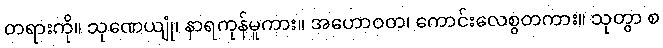
တရားကို။ သုဏေယျုံ၊ နာရကုန်မူကား။ အဟောဝတ၊ ကောင်းလေစွတကား။ သုတွာ စ